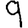
Digit: 9